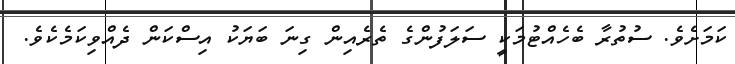
ކަމަށެވެ. ސުތުރާ ބެހެއްޓުމަކީ ސަލަފުންގެ ތެރެއިން ގިނަ ބަޔަކު އިސްކަން ދެއްވިކަމެކެވެ.